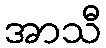
အာသီ